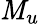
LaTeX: \mathit{M}_{u}